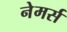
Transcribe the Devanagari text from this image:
नेमर्स